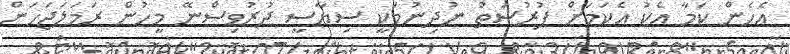
އެހެން ކަމާ އެކު އެކަމަށް ފުރުސަތު ނުދިނުމަކީ ސިޔާސީ ދުރުވިސްނޭ މީހުން ރަމަލަޖަހަން